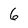
Character: 6